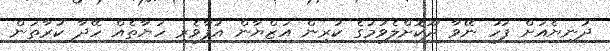
ދުނިޔެއަށް ފަހު ނޭވާ ދޫކޮށްލެވުމުގެ ކުރިން އަޒްޔާން އުފާވެރި ހަޔާތެއް ހޭދާ ކުރާތަން